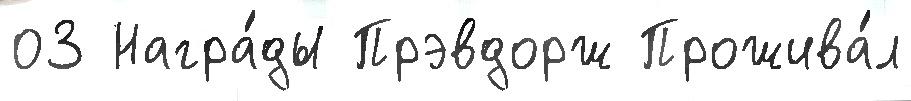
03 Награ́ды Прэвдорж Прожива́л